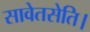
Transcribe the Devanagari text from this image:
सावेतसेति।